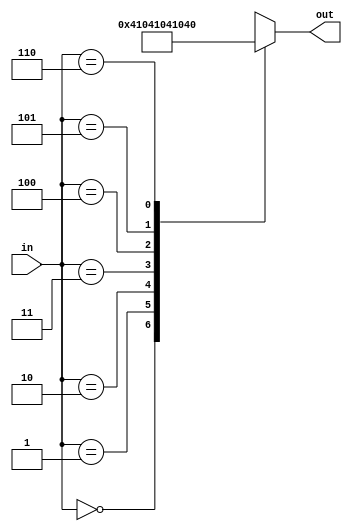
`timescale 1ns / 1ps
module binary_to_7_OHC(in,out);
    input [3:1]in;
    output reg [6:0]out;
    always @(*) begin
        case (in)
            3'o0:out = 7'b0000001;
            3'o1:out = 7'b0000010;
            3'o2:out = 7'b0000100;
            3'o3:out = 7'b0001000;
            3'o4:out = 7'b0010000;
            3'o5:out = 7'b0100000;
            3'o6:out = 7'b1000000;
            default:out=7'bxxxxxxx;
        endcase
    end
endmodule